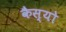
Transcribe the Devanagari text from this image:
कैस्‍यो